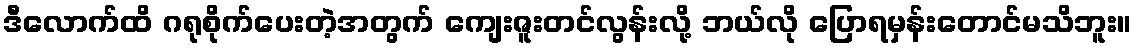
ဒီလောက်ထိ ဂရုစိုက်ပေးတဲ့အတွက် ကျေးဇူးတင်လွန်းလို့ ဘယ်လို ပြောရမှန်းတောင်မသိဘူး။